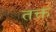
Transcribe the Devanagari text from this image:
तक्त